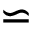
\backsimeq